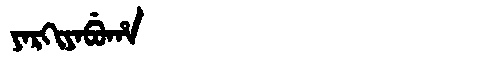
Manchu: ᠶᠠᡵᡴᡳᠶᠠᠪᡠᡥᠠ
Romanization: YARKIYABUHA